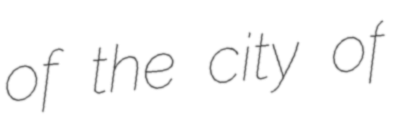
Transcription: of the city of